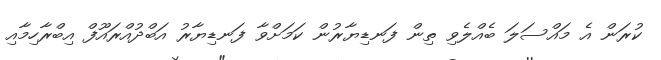
ކުރަން އެ މައްސަލަ ބެއްލެވި ތިން ފަނޑިޔާރުން ކަމަށްވާ ފަނޑިޔާރު އަބްދުއްރައޫފް އިބްރާހިމާއި